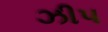
ઝીપ